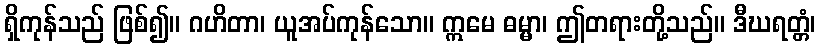
ရှိကုန်သည် ဖြစ်၍။ ဂဟိတာ၊ ယူအပ်ကုန်သော။ ဣမေ ဓမ္မာ၊ ဤတရားတို့သည်။ ဒီဃရတ္တံ၊